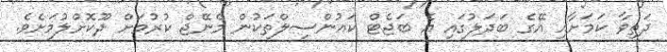
ދަތިވާ ކަމަށާއި އޭގެ ބަދަލުގައި އެ ބަޖެޓް ކައުންސިލްތަކުން މެނޭޖް ކުރުމަށް ދޫކޮށްލުމަށެވެ.